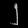
Digit: ၂